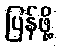
ပြန်ဖို့